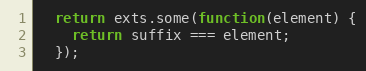
Language: JavaScript
  return exts.some(function(element) {
    return suffix === element;
  });